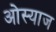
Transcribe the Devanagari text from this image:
ओस्याज